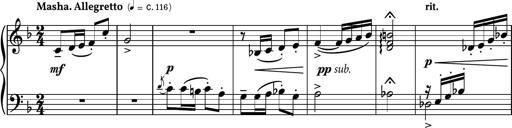
Title: Piano Sonatina No.8
Composer: Dimitri Sykias
Key: F major